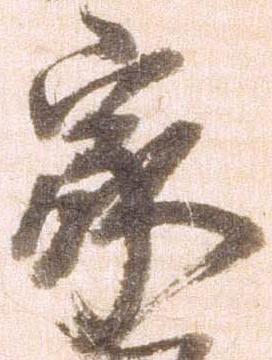
家